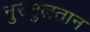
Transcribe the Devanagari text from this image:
नुरसुलतान